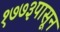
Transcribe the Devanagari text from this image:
१७७३पासून